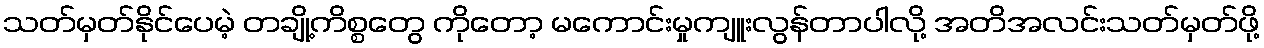
သတ်မှတ်နိုင်ပေမဲ့ တချို့ကိစ္စတွေ ကိုတော့ မကောင်းမှုကျူးလွန်တာပါလို့ အတိအလင်းသတ်မှတ်ဖို့